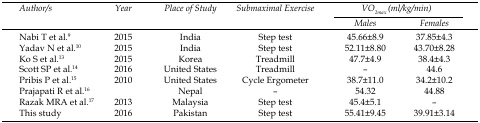
| <ROWSPAN=3> Author/s | <ROWSPAN=3> Year | <ROWSPAN=3> Place of Study | <ROWSPAN=3> Submaximal Exercise | <COLSPAN=2> VO2max (ml/kg/min) |
 | Males | Females |
 | --- | --- | --- | --- | --- | --- |
 | Nabi T et al.9 | 2015 | India | Step test | 45.66±8.9 | 37.85±4.3 |
 | Yadav N et al.10 | 2015 | India | Step test | 52.11±8.80 | 43.70±8.28 |
 | Ko S et al.13 | 2015 | Korea | Treadmill | 47.7±4.9 | 38.4±4.3 |
 | Scott SP et al.14 | 2016 | United States | Treadmill | – | 44.6 |
 | Pribis P et al.15 | 2010 | United States | Cycle Ergometer | 38.7±11.0 | 34.2±10.2 |
 | Prajapati R et al.16 |  | Nepal | – | 54.32 | 44.88 |
 | Razak MRA et al.17 | 2013 | Malaysia | Step test | 45.4±5.1 | – |
 | This study | 2016 | Pakistan | Step test | 55.41±9.45 | 39.91±3.14 |